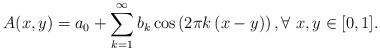
LaTeX: \begin{align*} A(x,y)=a_0+ \sum_{k=1}^\infty b_k \cos\left( 2\pi k \left( x-y \right) \right),\forall\ x,y\in [0,1]. \end{align*}